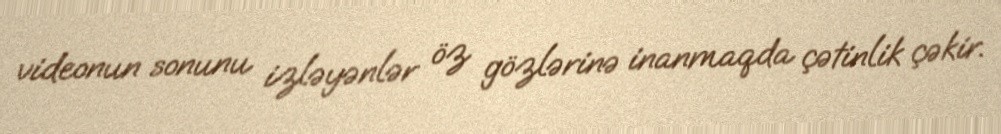
videonun sonunu izləyənlər öz gözlərinə inanmaqda çətinlik çəkir.